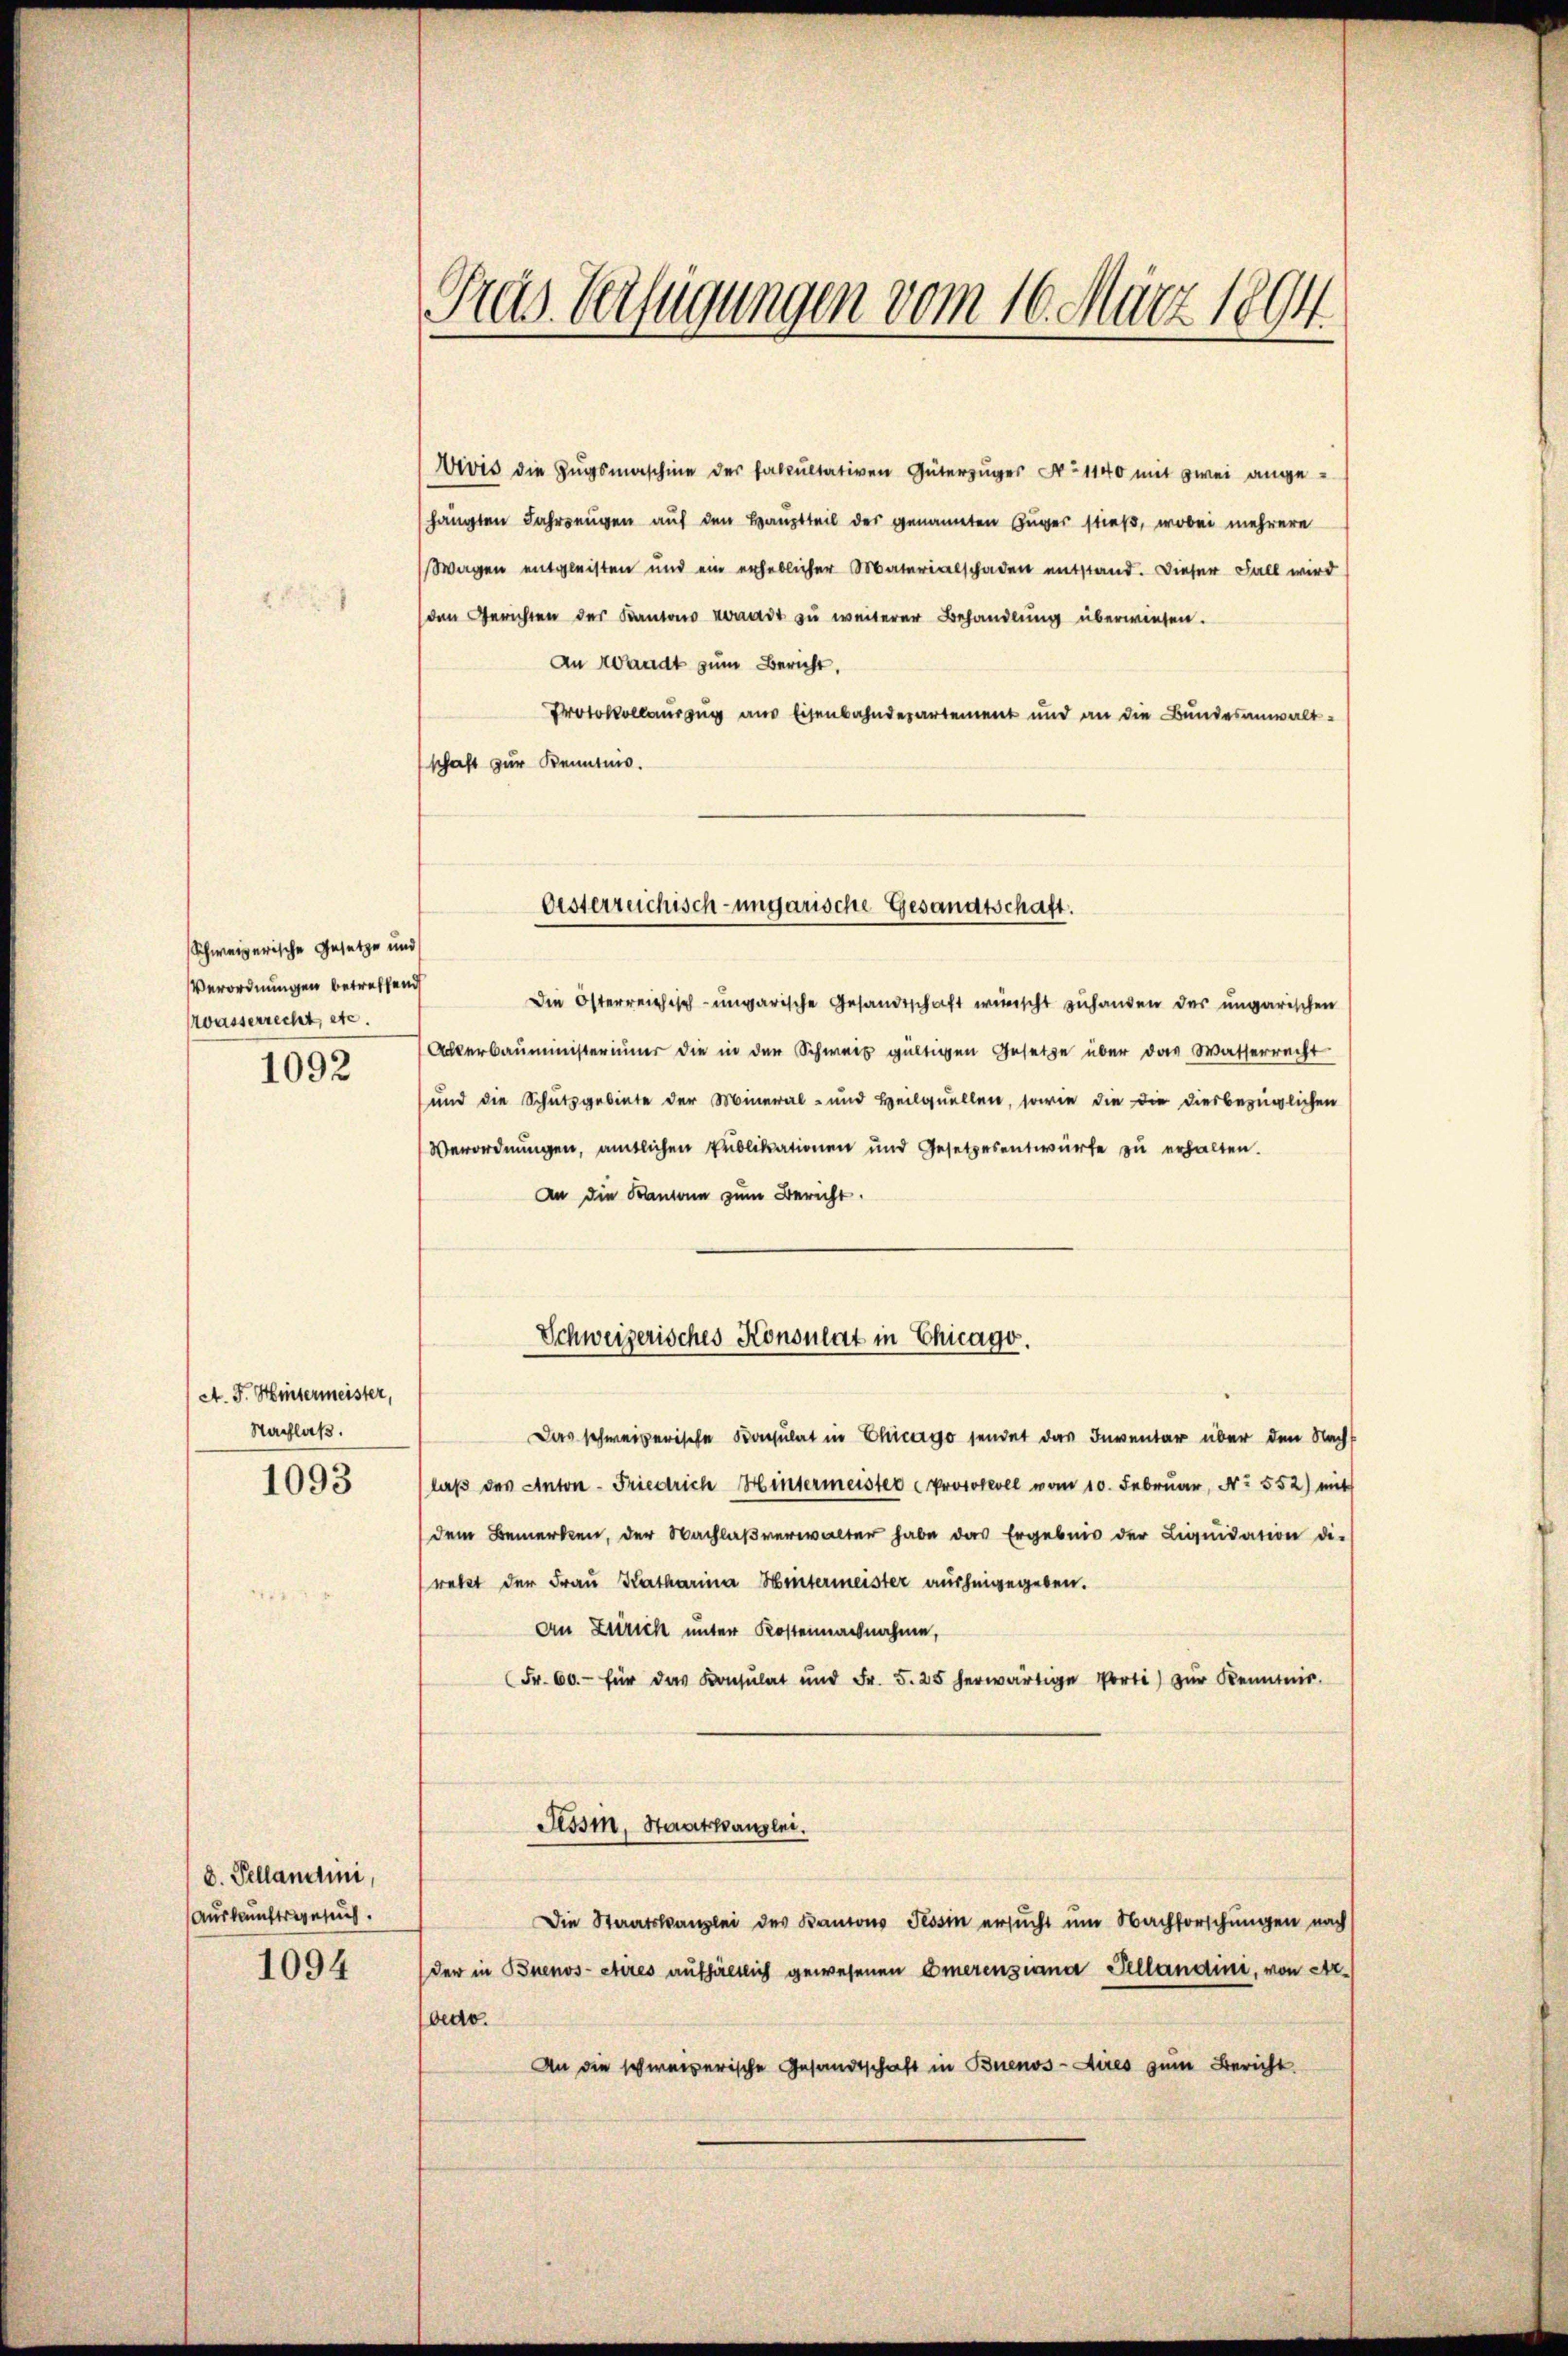
Schweizerische Gesetze und
Verordnungen betreffend
wasserrecht, etc.
1092

A. F. Hintermeister,
Nachlaß.

1093

d. Pellandini,
Auskunftsgesuch.
1094

Gras Verfügungen vom 16. März 1894.

Vivis die Zugsmaschine der Fakultativen Güterzuges No 1140 mit zwei angehängten Jahrzeugen auf den Hauptteil des genannten Zuger stieß, wobei mehrere
Wagen entgleisten und ein erheblicher Materialschaden entstand. Dieser Fall wird
den Gerichten der Kantons vonadt zu weiterer Behandlung überwiesen.
An Waadt zum Bericht,
Protokollauszug aus Eisenbahndepartement und an die Bundesanwaltschaft zur Kenntnis.
Die Osterreichisch-ungarische Gesandtschaft wünscht zu handen das ungarischen
Ackerbaŭministerinner die in der Schweiz gültigen Gesetze über das Wasserrecht
und die Schutzgebiete der Mineral- und Heilquellen, sowie die die diesbezüglichen
Verordnungen, amtlichen Publikationen und Gesetzesentwürfe zu erhalten.
An die Kantone zum Bericht.
Schweizerisches Konsulat in Chicago.
Das schweizerische Konsulat in Chicago sendet das Inventar über den Nacht
laβ des Anton - Friedrich Hintermeister Protokoll vom 10. Februar, No. 552) mit
dem Bemerken, der Nachlaβ verwalter habe das Ergebnis der Liqŭidation die
rekt der Frau Katharina Hintermeister ausheigegeben.
An Zürich unter Kostenmachnahme,
Fr. 60.- für das Konsulat und Fr. 5. 25 herwärtige Porti) zŭr Kenntnis.
Tessin, Staatskanzlei.
Die Staatskanzlei des Kantons Tessin ersucht um Nachforschungen nach
der in Buenos-etirés aufhältlich gewesenen Emerenziana Fellandini, von Arbedo.
An die schweizerische Gesandtschaft in Buenos-Aires zum Bericht

Oesterreichisch-ungarische Gesandtschaft.